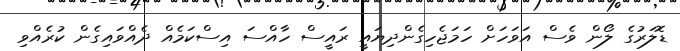
ޑޮލަރުގެ ލޯން ވެސް އަވަހަށް ހަމަޖެހިގެންދިޔައީ ރައީސް ހާއްސަ އިސްކަމެއް ދެއްވައިގެން ކުރެއްވި